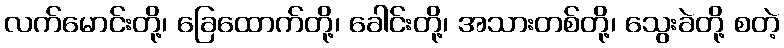
လက်မောင်းတို့၊ ခြေထောက်တို့၊ ခေါင်းတို့၊ အသားတစ်တို့၊ သွေးခဲတို့ စတဲ့